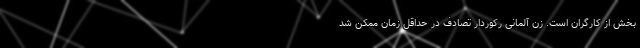
بخش از کارگران است. زن آلمانی رکوردار تصادف در حداقل زمان ممکن شد